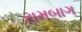
રામબાગ